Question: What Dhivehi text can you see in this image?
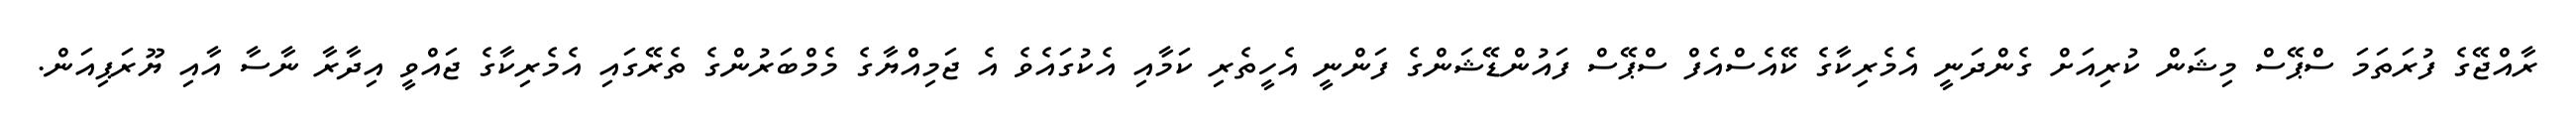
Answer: ރާއްޖޭގެ ފުރަތަމަ ސްޕޭސް މިޝަން ކުރިއަށް ގެންދަނީ އެމެރިކާގެ ކޭއެސްއެފް ސްޕޭސް ފައުންޑޭޝަންގެ ފަންނީ އެހީތެރި ކަމާއި އެކުގައެވެ އެ ޖަމިއްޔާގެ މެމްބަރުންގެ ތެރޭގައި އެމެރިކާގެ ޖައްވީ އިދާރާ ނާސާ އާއި ޔޫރަޕިއަން.